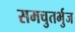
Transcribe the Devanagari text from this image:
समचुतर्भुज